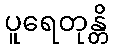
ပူရေတုန္တိ